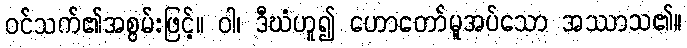
ဝင်သက်၏အစွမ်းဖြင့်။ ဝါ၊ ဒီဃံဟူ၍ ဟောတော်မူအပ်သော အဿာသ၏။